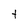
Character: t